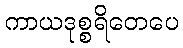
ကာယဒုစ္စရိတေပေ